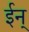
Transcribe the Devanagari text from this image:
ईन्